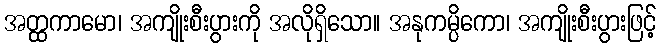
အတ္ထကာမော၊ အကျိုးစီးပွားကို အလိုရှိသော။ အနုကမ္ပိကော၊ အကျိုးစီးပွားဖြင့်